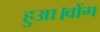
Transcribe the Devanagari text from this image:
हुआ।वोंग